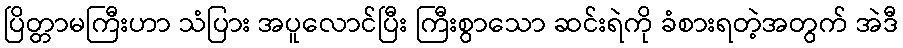
ပြိတ္တာမကြီးဟာ သံပြား အပူလောင်ပြီး ကြီးစွာသော ဆင်းရဲကို ခံစားရတဲ့အတွက် အဲဒီ